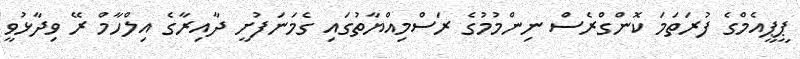
ޕީޕީއެމްގެ ފުރަތަމަ ކޮންގްރެސް ނިންމުމުގެ ރަސްމިއްޔާތުގައި ގެމަނަފުށީ ދާއިރާގެ އިލްހާމް ރޭ ވިދާޅުވީ